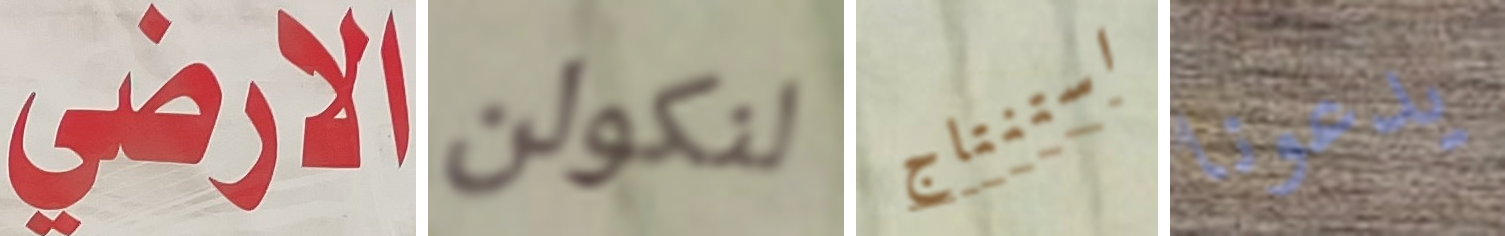
الارضي لنكولن استنتاج يدعونا